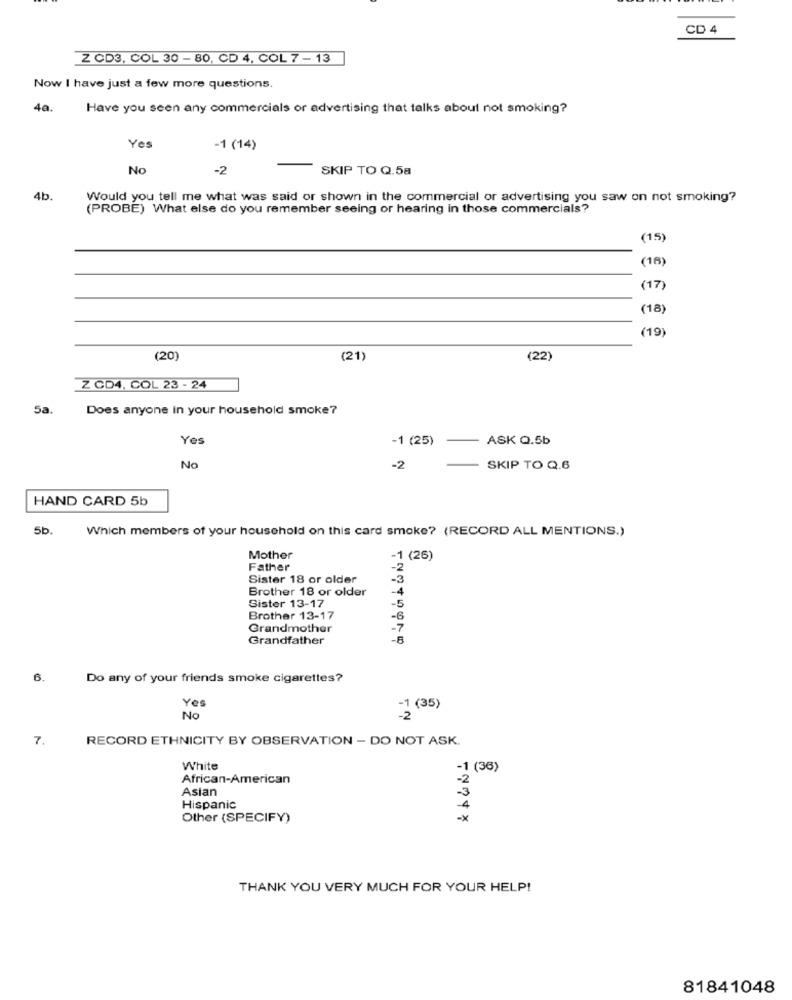
CD 4
Z CD3, COL 30 - 80, CD 4, COL 7 - 13
Now I have just a few more questions.
40.
Have you seen any commercials or advertising that talks about not smoking?
Yes
-1 (14)
No
-2
SKIP TO Q.5a
4b.
Would you tell me what was said or shown in the commercial or advertising you saw on not smoking?
(PROBE) What else do you remember seeing or hearing in those commercials?
(15)
(16)
(17)
(18)
(19)
(20)
(21)
(22)
Z CD4. COL 23 - 24
5a
Does anyone In your household smoke?
Yes
-1 (25)
ASK Q.5b
No
-2
SKIP TO Q.6
HAND CARD 5b
5b
Which members of your household on this card smoke? (RECORD ALL MENTIONS.)
Mother
1 (26)
Father
-2
Sister 18 or older
-3
-4
Brother 18 or older
Sister 13-17
-5
Brother 13-17
Grandmother
Grandfather
-B
6.
Do any of your friends smoke cigarettes?
Yes
-1 (35)
No
7.
RECORD ETHNICITY BY OBSERVATION - DO NOT ASK.
White
-1 (36
African-American
-2
Asian
-3
Hispanic
-4
Other (SPECIFY)
-x
THANK YOU VERY MUCH FOR YOUR HELP!
81841048